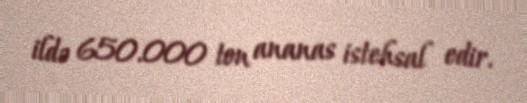
ildə 650.000 ton ananas istehsal edir.